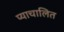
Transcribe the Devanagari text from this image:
प्याचालित